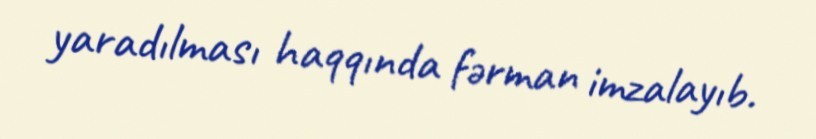
yaradılması haqqında fərman imzalayıb.